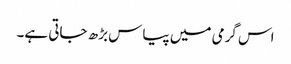
اس گرمی میں پیاس بڑھ جاتی ہے۔